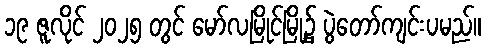
၁၉ ဇူလိုင် ၂၀၂၅ တွင် မော်လမြိုင်မြို့၌ ပွဲတော်ကျင်းပမည်။